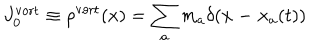
J _ { 0 } ^ { \mathrm { v o r t } } \equiv \rho ^ { \mathrm { v o r t } } ( x ) = \sum _ { a } m _ { a } \delta ( { \bf x - x } _ { a } ( t ) )